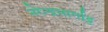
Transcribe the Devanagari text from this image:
नरेन्द्रमार्गाट्ट